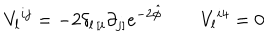
V _ { l } { } ^ { i j } = - 2 \delta _ { l \, [ i } \partial _ { j ] } e ^ { - 2 \hat { \phi } } \qquad V _ { l } { } ^ { i 4 } = 0